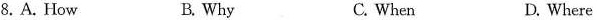
8.A. How B. Why C. When D. Where